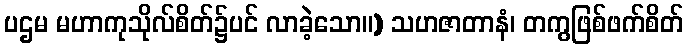
ပဌမ မဟာကုသိုလ်စိတ်၌ပင် လာခဲ့သော။) သဟဇာတာနံ၊ တကွဖြစ်ဖက်စိတ်